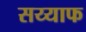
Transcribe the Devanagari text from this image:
सय्याफ